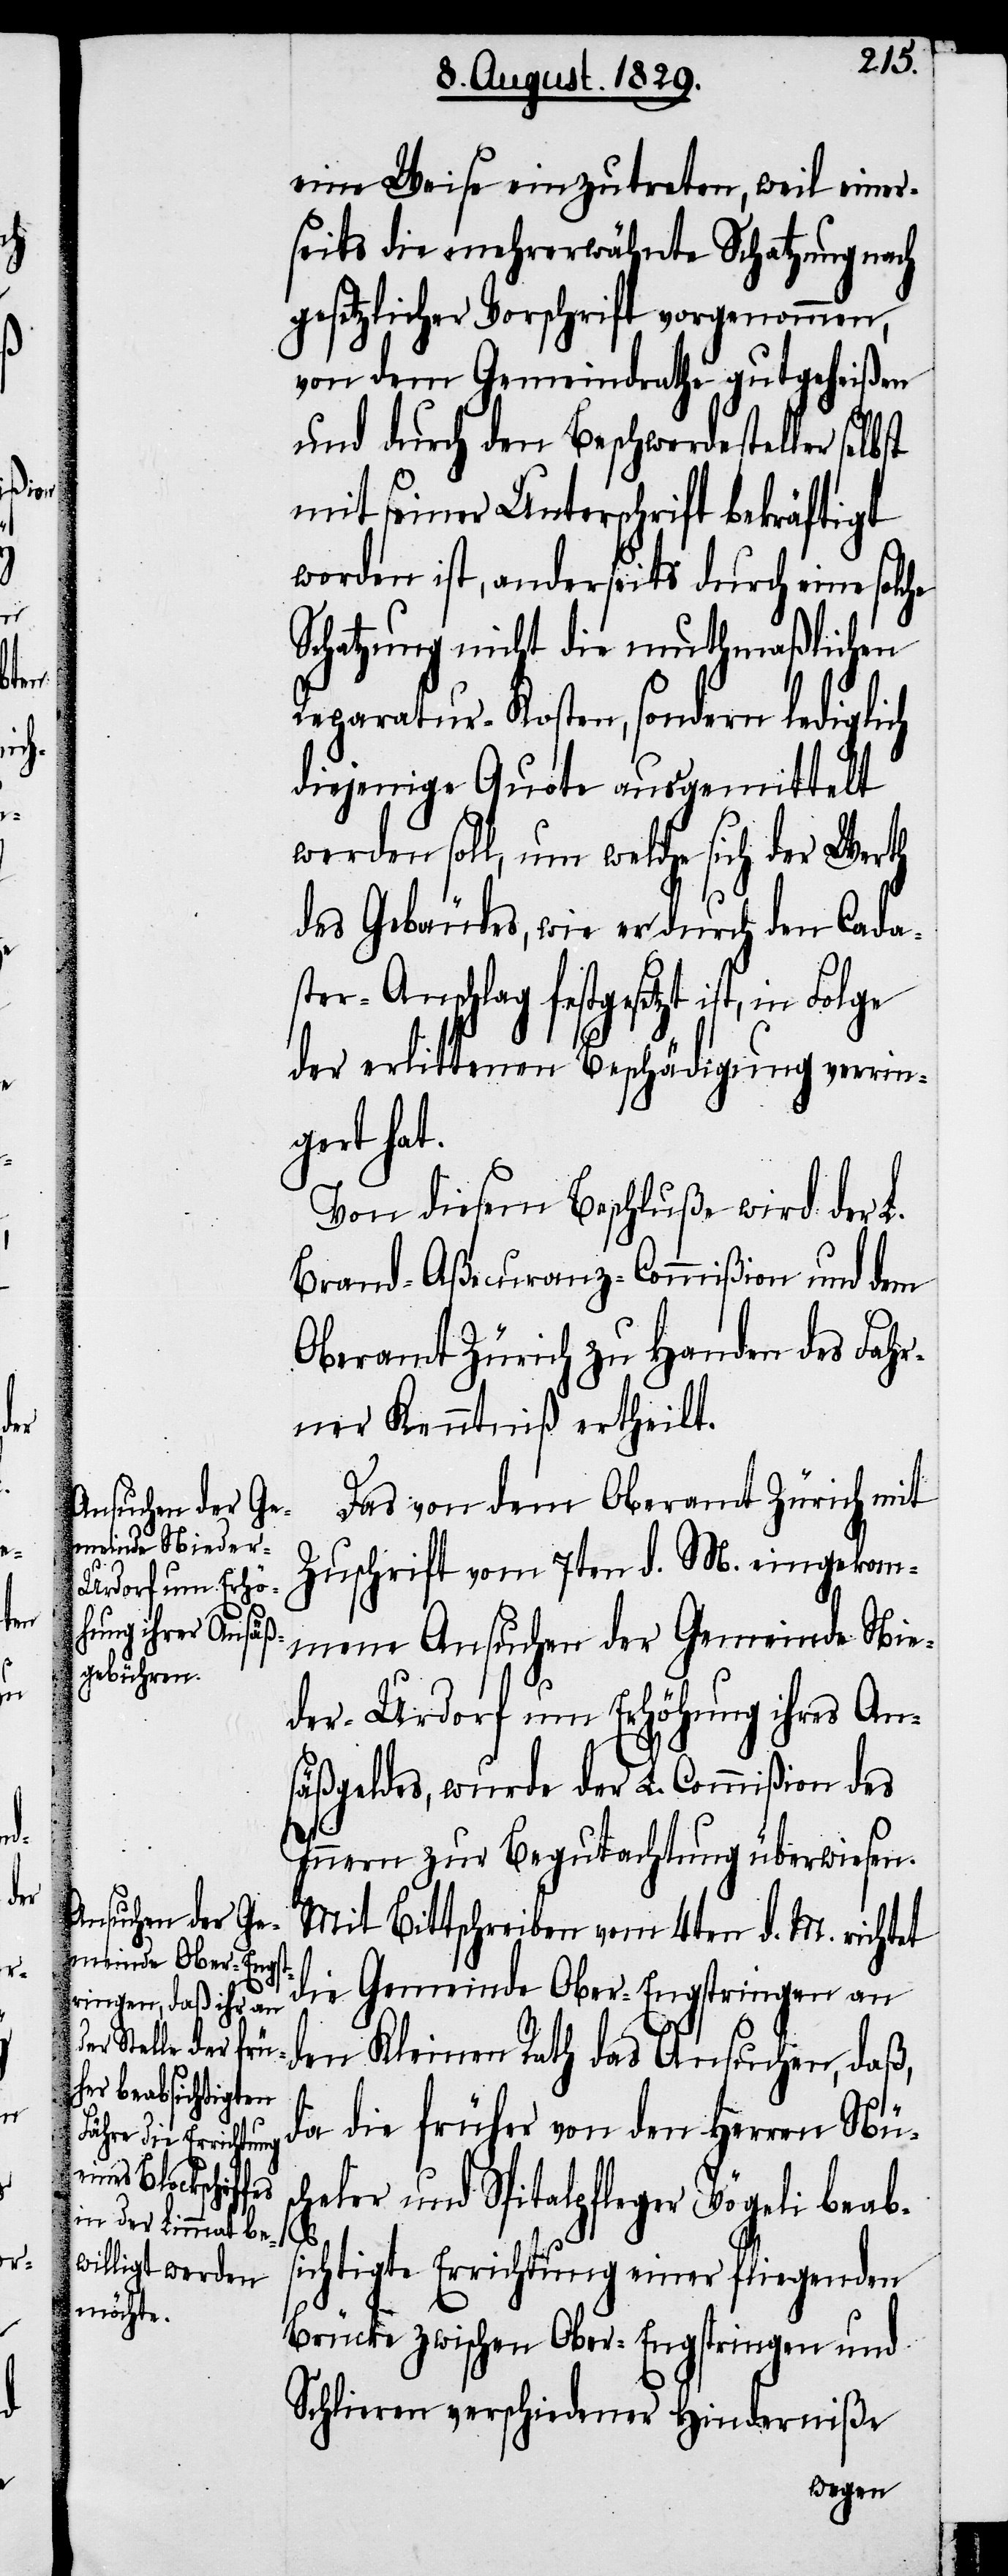
eine Weise einzutreten, weil einer¬
seits die mehrerwähnte Schatzung nach
gesetzlicher Vorschrift vorgenommen,
von dem Gemeindrathe gutgeheißen
und durch den Beschwerdesteller selbst
mit seiner Unterschrift bekräftigt
worden ist, anderseits durch eine solche
Schatzung nicht die muthmaßlichen
Reparatur-Kosten, sondern lediglich
diejenige Quote ausgemittelt
werden soll, um welche sich der Werth
des Gebäudes, wie er durch den Cada¬
ster-Anschlag festgesetzt ist, in Folge
der erlittenen Beschädigung verrin¬
gert hat.
Von diesem Beschluß wird der L.
Brand-Aßecuranz-Commißion und dem
Oberamt Zürich zu Handen des Fahr¬
ner Kenntniß ertheilt.
Das von dem Oberamt Zürich mit
Zuschrift vom 7ten d. M. eingekom¬
mene Ansuchen der Gemeinde Nie¬
der-Urdorf um Erhöhung ihres An¬
säßgeldes, wurde der L. Commißion des
Innern zur Begutachtung überwiesen.
Mit Bittschreiben vom 4ten d. M. richtet
die Gemeinde Ober-Engstringen an
den Kleinen Rath das Ansuchen, daß,
da die früher von den Herren Nüs¬
cheler und Spitalpfleger Vögeli beab¬
sichtigte Errichtung einer fliegenden
Brücke zwischen Ober-Engstringen und
Schlieren verschiedener Hinderniße